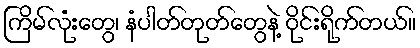
ကြိမ်လုံးတွေ၊ နံပါတ်တုတ်တွေနဲ့ ဝိုင်းရိုက်တယ်။